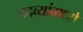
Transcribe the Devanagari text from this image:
पदव्यांमध्ये